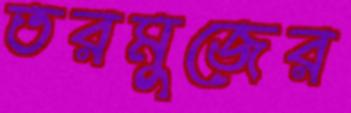
তরমুজের